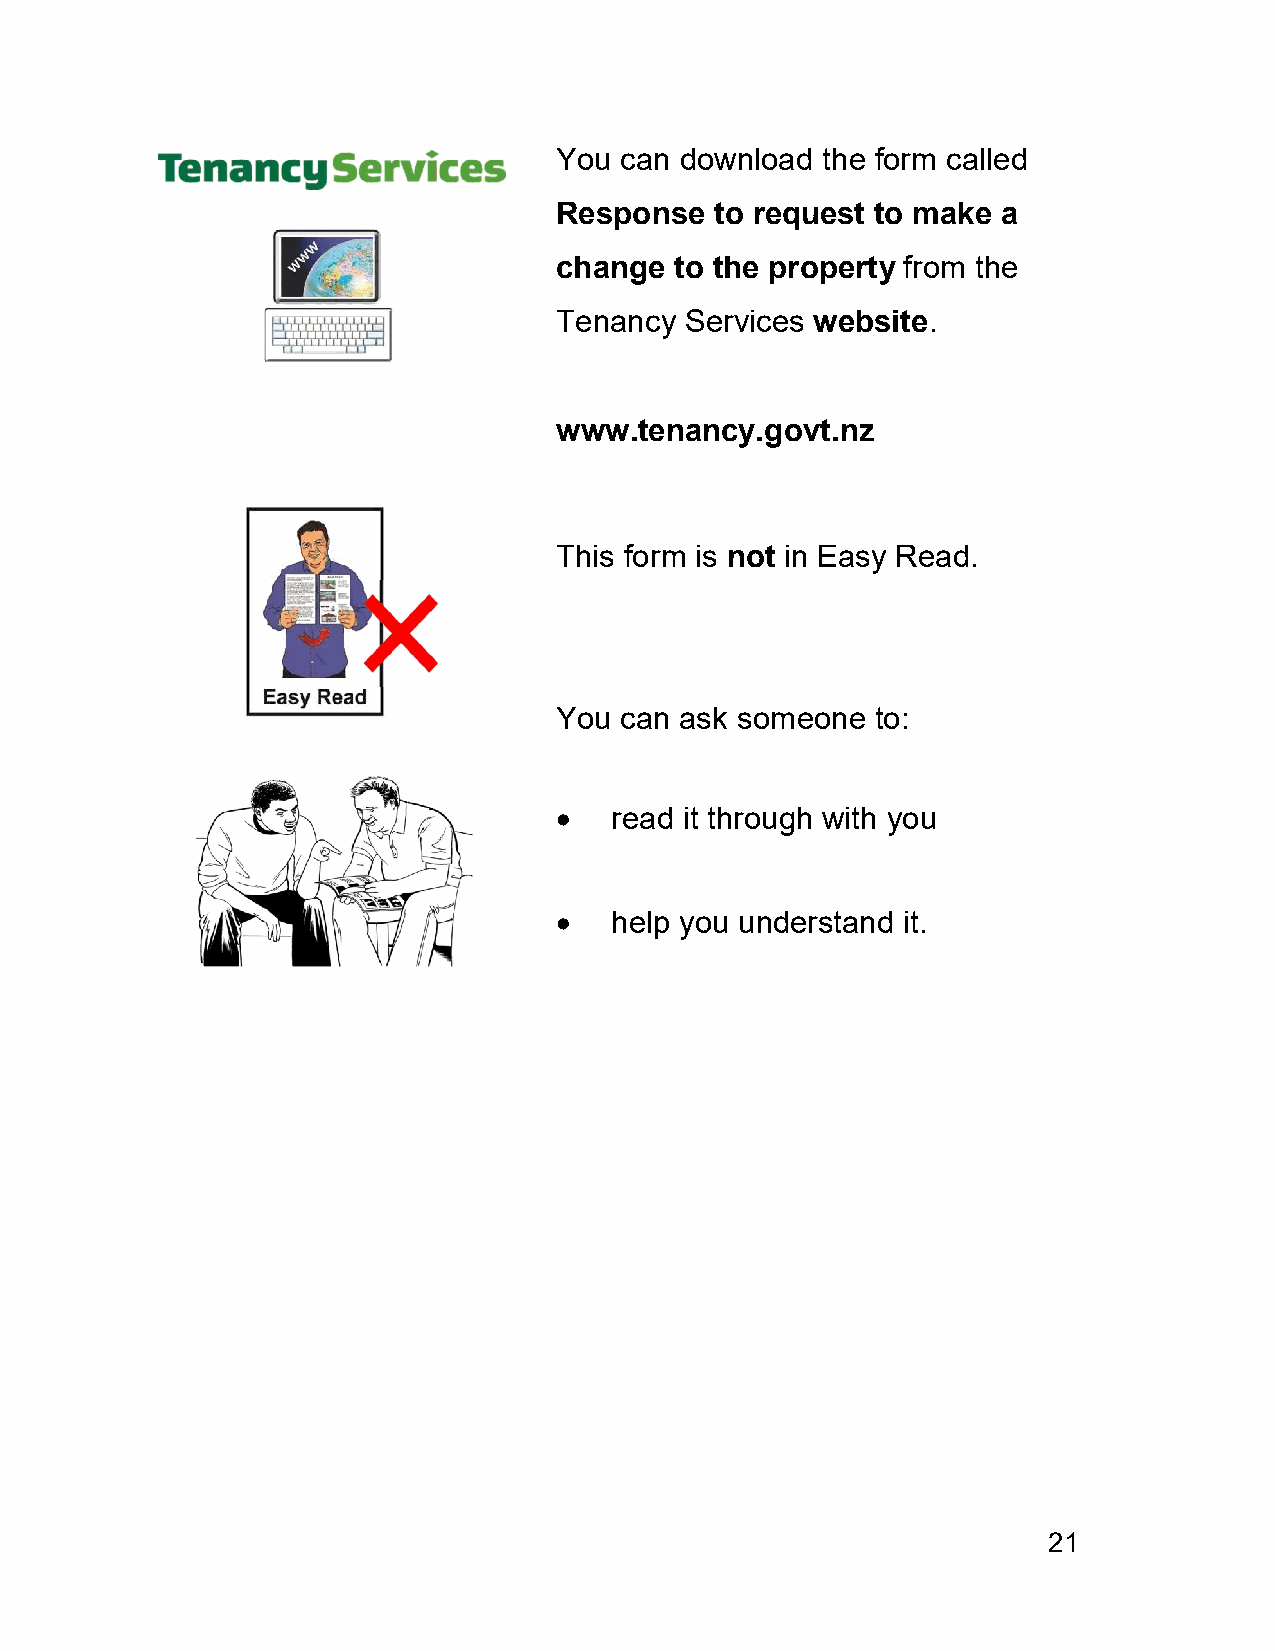
You can download the form called
 Response  to request to make a
 change  to the property from the
 Tenancy Services website.
 www.tenancy.govt.nz
 This form is not in Easy Read.
 You can ask someone  to:
   read it through with you
   help you understand it.
 21